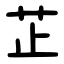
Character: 芷